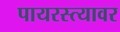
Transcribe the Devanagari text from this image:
पायरस्त्यावर